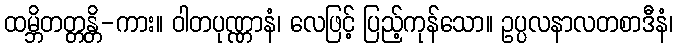
ထမ္ဘိတတ္တန္တိ-ကား။ ဝါတပုဏ္ဏာနံ၊ လေဖြင့် ပြည့်ကုန်သော။ ဥပ္ပလနာလတစာဒီနံ၊